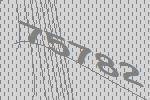
75782